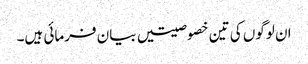
ان لوگوں کی تین خصوصیتیں بیان فرمائی ہیں۔